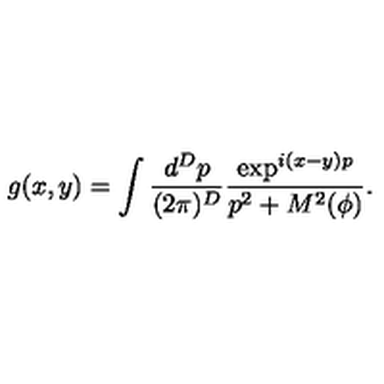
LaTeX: g ( x , y ) = \int \frac { d ^ { D } p } { ( 2 \pi ) ^ { D } } \frac { \exp ^ { i ( x - y ) p } } { p ^ { 2 } + M ^ { 2 } ( \phi ) } .